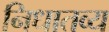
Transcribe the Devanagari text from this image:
निधातव्य